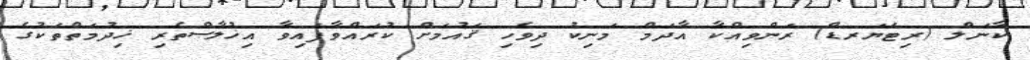
ކާނަލް (ރިޓަޔަރޑް) ރަންވިއްކާ އާދަމް މަނިކު ދިވެހި ޤައުމަށް ކުރައްވާފައިވާ އިޚުލާޞްތެރި ޚިދުމަތްތަކުގެ